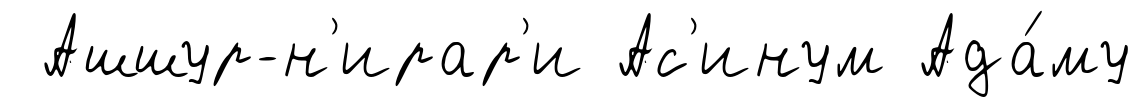
Ашшур-н'ирар'и Ас'инум Ада́му